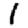
Digit: 1